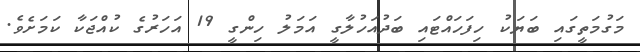
މަގުމަތީގައި ބަޔަކު ހިފަހައްޓައި ބަދުއަހުލާގީ އަމަލު ހިންގީ 19 އަހަރުގެ ކުއްޖަކާ ކަމަށެވެ.